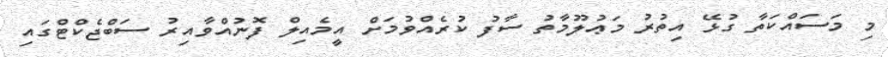
މި މަސައްކަތާ ގުޅޭ އިތުރު މަޢުލޫމާތު ސާފު ކުރެއްވުމަށް އީމެއިލް ފޮނުއްވާއިރު ސަބްޖެކްޓްގައި